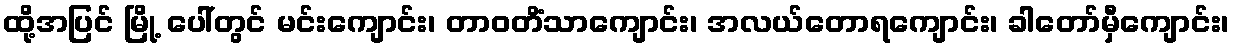
ထို့အပြင် မြို့ ပေါ်တွင် မင်းကျောင်း၊ တာဝတိံသာကျောင်း၊ အလယ်တောရကျောင်း၊ ခါတော်မှီကျောင်း၊